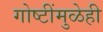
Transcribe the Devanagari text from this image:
गोष्टींमुळेही